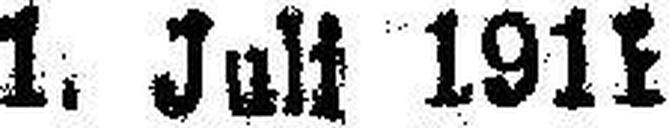
1. Juli 1911